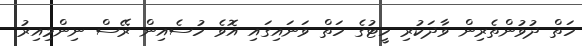
ހަތް ދުވުންތެރިން ވާދަކުރި ހީޓުގެ ހަތް ވަނައިގައި އޮވެ ހުސެއިން ރޭސް ނިންމިއިރު